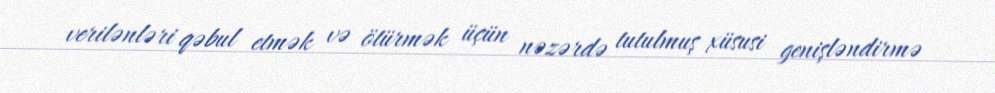
verilənləri qəbul etmək və ötürmək üçün nəzərdə tutulmuş xüsusi genişləndirmə